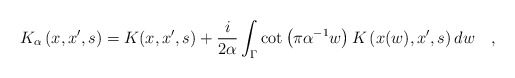
\begin{align*}K_{\alpha}\left(x,x',s\right)=K(x,x',s)+{i \over 2\alpha} \int_{\Gamma} \cot\left(\pi \alpha^{-1} w\right) K\left(x(w),x',s\right) dw~~~,\end{align*}